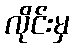
လိုင်းမှ